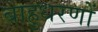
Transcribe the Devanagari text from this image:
बाहुधरणों